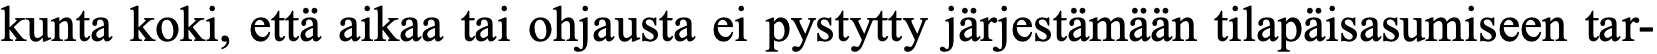
kunta koki, että aikaa tai ohjausta ei pystytty järjestämään tilapäisasumiseen tar-